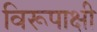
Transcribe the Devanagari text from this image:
विरूपाक्षी